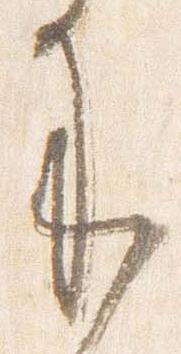
来